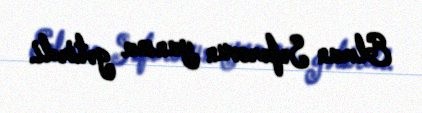
Elman Səfərovun yanına gətirdi.